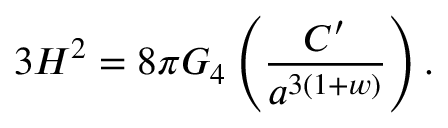
3 H ^ { 2 } = 8 \pi G _ { 4 } \left( \frac { { \cal C } ^ { \prime } } { a ^ { 3 ( 1 + w ) } } \right) .